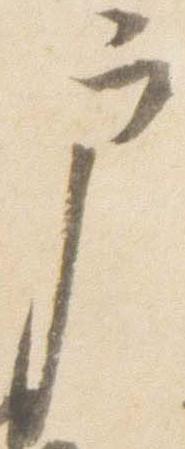
戸